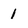
Character: 1